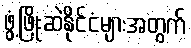
ဖွံ့ဖြိုးဆဲနိုင်ငံများအတွက်